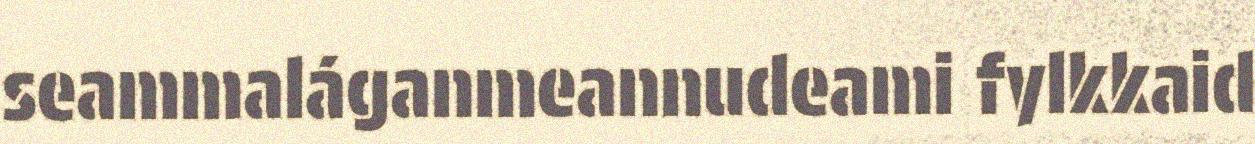
seammaláganmeannudeami fylkkaid